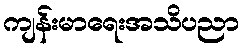
ကျန်းမာရေးအသိပညာ